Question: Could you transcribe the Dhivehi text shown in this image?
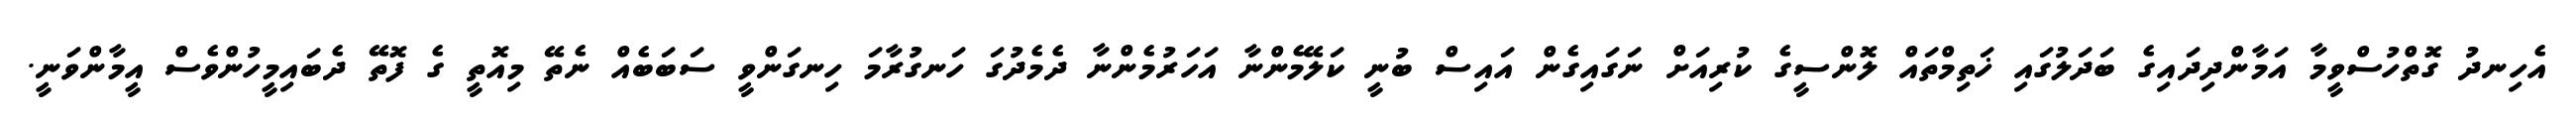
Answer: އެހިނދު ގޮތްހުސްވީމާ އަމާންދިދައިގެ ބަދަލުގައި ޚަތިމްތައް ލޮންސީގެ ކުރިއަށް ނަގައިގެން އައިސް ބުނީ ކަލޭމެންނާ އަހަރުމެންނާ ދެމެދުގަ ހަނގުރާމަ ހިނގަންވީ ސަބަބެއް ނެތޭ މިއޮތީ ގެ ފޮތޭ ދެބައިމީހުންވެސް އީމާންވަނީ.